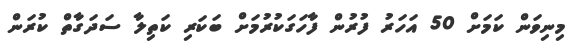
މިނިވަން ކަމަށް 50 އަހަރު ފުރުން ފާހަގަކުރުމަށް ބަކަރި ކަތިލާ ސަދަގާތް ކުރަން